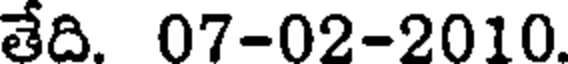
తేది. 07-02-2010.